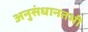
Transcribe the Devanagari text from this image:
अनुसंधानतभी